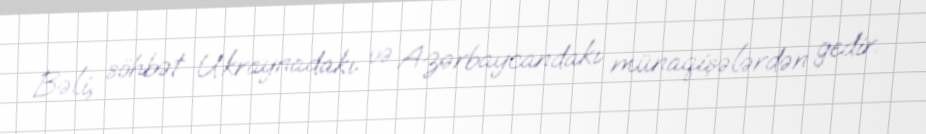
Bəli, söhbət Ukraynadakı və Azərbaycandakı münaqişələrdən gedir.